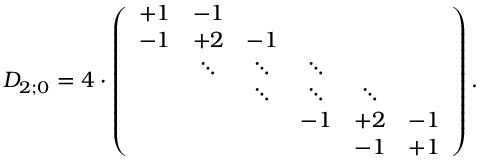
D _ { 2 ; 0 } = 4 \cdot \left( \begin{array} { c c c c c c } { { + 1 } } & { { - 1 } } & { { } } & { { } } & { { } } & { { } } \\ { { - 1 } } & { { + 2 } } & { { - 1 } } & { { } } & { { } } & { { } } \\ { { } } & { { \ddots } } & { { \ddots } } & { { \ddots } } & { { } } & { { } } \\ { { } } & { { } } & { { \ddots } } & { { \ddots } } & { { \ddots } } & { { } } \\ { { } } & { { } } & { { } } & { { - 1 } } & { { + 2 } } & { { - 1 } } \\ { { } } & { { } } & { { } } & { { } } & { { - 1 } } & { { + 1 } } \end{array} \right) .